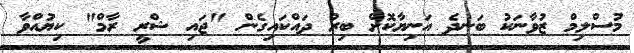
މުސްލިމް ޒުވާނަކު ބަނދެ އަނިޔާކޮށް ބިރު ދައްކައިގެން "ޖައި ޝްރީ ރާމް" ކިޔުއްވާ